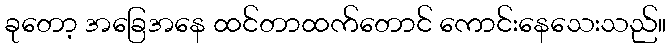
ခုတော့ အခြေအနေ ထင်တာထက်တောင် ကောင်းနေသေးသည်။